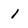
Character: i